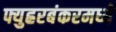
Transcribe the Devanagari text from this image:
फ्युह्ररबंकरमध्ये